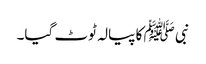
نبی ﷺ کا پیالہ ٹوٹ گیا۔